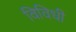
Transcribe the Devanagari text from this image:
विविधी